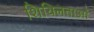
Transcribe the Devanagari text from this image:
शिथिलताओं